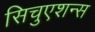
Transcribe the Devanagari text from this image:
सिचुएशन्स